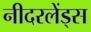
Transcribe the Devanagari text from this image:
नीदरलेंड्स